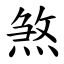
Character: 煞